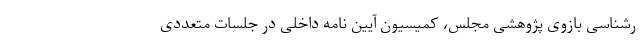
رشناسی بازوی پژوهشی مجلس، کمیسیون آیین نامه داخلی در جلسات متعددی